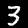
Label: 3